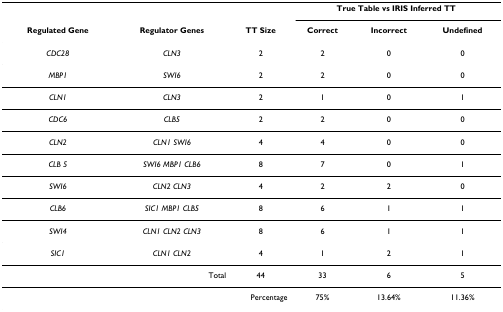
<table><thead><tr><td></td><td></td><td></td><td colspan="3"><b>True Table vs IRIS Inferred TT</b></td></tr><tr><td><b>Regulated Gene</b></td><td><b>Regulator Genes</b></td><td><b>TT Size</b></td><td><b>Correct</b></td><td><b>Incorrect</b></td><td><b>Undefined</b></td></tr></thead><tbody><tr><td><i>CDC28</i></td><td><i>CLN3</i></td><td>2</td><td>2</td><td>0</td><td>0</td></tr><tr><td><i>MBP1</i></td><td><i>SWI6</i></td><td>2</td><td>2</td><td>0</td><td>0</td></tr><tr><td><i>CLN1</i></td><td><i>CLN3</i></td><td>2</td><td>1</td><td>0</td><td>1</td></tr><tr><td><i>CDC6</i></td><td><i>CLB5</i></td><td>2</td><td>2</td><td>0</td><td>0</td></tr><tr><td><i>CLN2</i></td><td><i>CLN1 SWI6</i></td><td>4</td><td>4</td><td>0</td><td>0</td></tr><tr><td><i>CLB 5</i></td><td><i>SWI6 MBP1 CLB6</i></td><td>8</td><td>7</td><td>0</td><td>1</td></tr><tr><td><i>SWI6</i></td><td><i>CLN2 CLN3</i></td><td>4</td><td>2</td><td>2</td><td>0</td></tr><tr><td><i>CLB6</i></td><td><i>SIC1 MBP1 CLB5</i></td><td>8</td><td>6</td><td>1</td><td>1</td></tr><tr><td><i>SWI4</i></td><td><i>CLN1 CLN2 CLN3</i></td><td>8</td><td>6</td><td>1</td><td>1</td></tr><tr><td><i>SIC1</i></td><td><i>CLN1 CLN2</i></td><td>4</td><td>1</td><td>2</td><td>1</td></tr><tr><td colspan="2">Total</td><td>44</td><td>33</td><td>6</td><td>5</td></tr><tr><td colspan="3">Percentage</td><td>75%</td><td>13.64%</td><td>11.36%</td></tr></tbody></table>